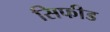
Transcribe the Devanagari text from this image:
सिफीड